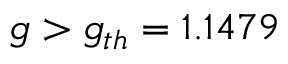
g > g _ { t h } = 1 . 1 4 7 9